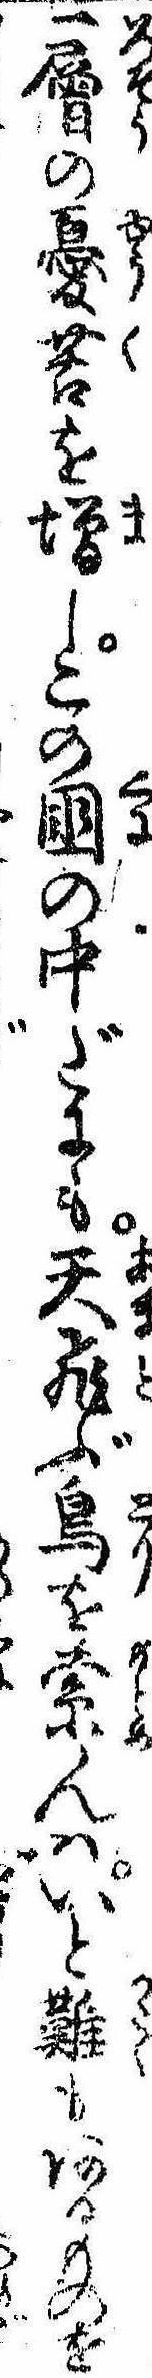
一層の憂苦を増しこの国の中だにも天飛ぶ鳥を索んはいと難もあるものを